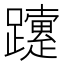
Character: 𨇈